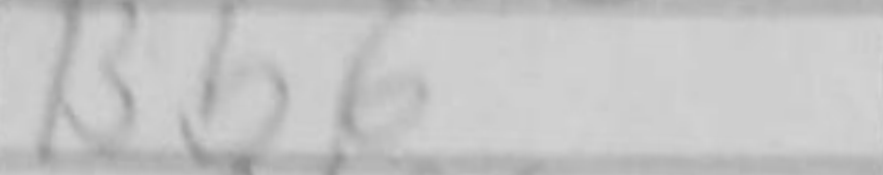
Transcription: Bb6